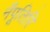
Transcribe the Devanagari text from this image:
नँपूतिरि